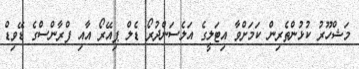
މަޝްހޫރު ކުޅުންތެރިން ކަމަށްވާ އިޓަލީގެ އަލެސަންދުރޯ ޑެލް ޕިއޭރޯ އާއި ފްރާންސްގެ ޑޭވިޑް